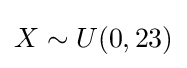
X\sim U(0,23)